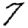
Digit: 7